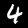
Digit: 4